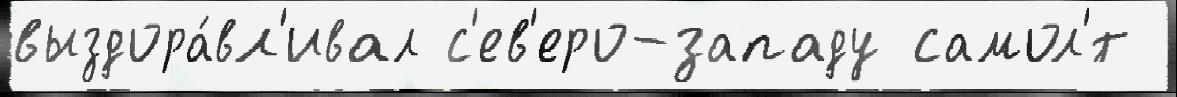
выздора́вл'ивал с'ев'еро-западу самол'́т